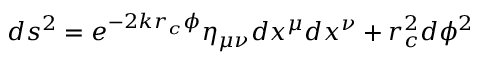
d s ^ { 2 } = e ^ { - 2 k r _ { c } \phi } \eta _ { \mu \nu } d x ^ { \mu } d x ^ { \nu } + r _ { c } ^ { 2 } d \phi ^ { 2 }